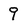
Character: 9